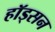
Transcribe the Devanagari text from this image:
हॉड्सन